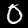
Digit: 0